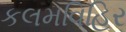
કલમવિહિર